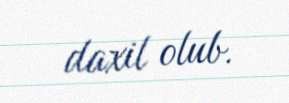
daxil olub.